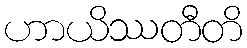
ဟာယိဿတီတိ